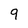
Character: 9